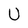
Character: U